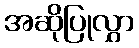
အဆိုပြုလွှာ